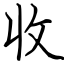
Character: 收